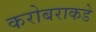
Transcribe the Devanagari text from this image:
करोबराकडे